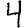
Digit: 4